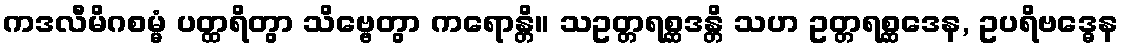
ကဒလီမိဂစမ္မံ ပတ္ထရိတွာ သိဗ္ဗေတွာ ကရောန္တိ။ သဥတ္တရစ္ဆဒန္တိ သဟ ဥတ္တရစ္ဆဒေန, ဥပရိဗဒ္ဓေန